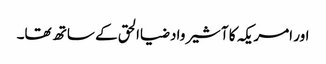
اور امریکہ کا آشیرواد ضیاالحق کے ساتھ تھا۔